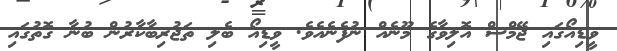
ވީޑިއޯގައި ޖޭމްސް އޮލިވާގެ މޫނެއް ނުފެނެއެވެ. ވީޑިއޯ ބެލި ތަޖުރިބާކާރުން ބުނާ ގޮތުގައި